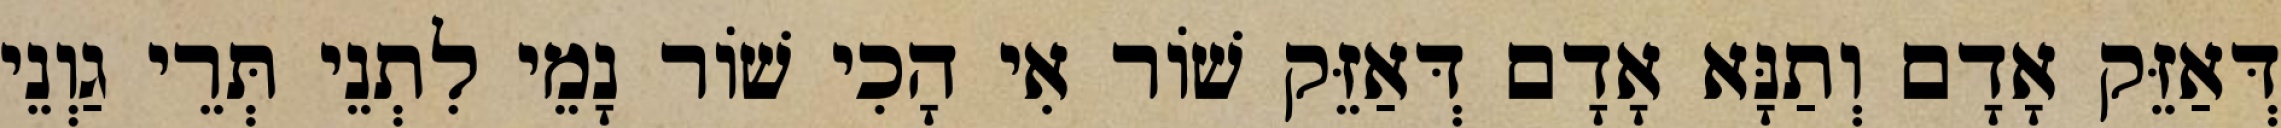
דְּאַזֵּק אָדָם וְתַנָּא אָדָם דְּאַזֵּק שׁוֹר אִי הָכִי שׁוֹר נָמֵי לִתְנֵי תְּרֵי גַוְנֵי